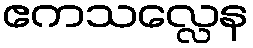
ဧကသလ္လေန